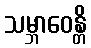
သမ္ဘာဝေန္တိ